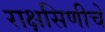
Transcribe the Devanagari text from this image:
राक्षसिणीचे